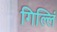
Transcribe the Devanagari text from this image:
गिल्लिं